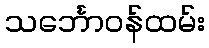
သင်္ဘောဝန်ထမ်း